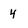
Character: 4